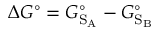
\Delta G ^ { \circ } = G _ { \mathrm { S } _ { \mathrm { A } } } ^ { \circ } - G _ { \mathrm { S } _ { \mathrm { B } } } ^ { \circ }